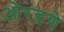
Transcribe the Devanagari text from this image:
ओरडणे